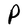
Character: P